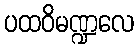
ပထဝိမဏ္ဍလေ